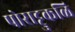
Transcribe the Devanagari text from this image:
पोराट्टुकळि